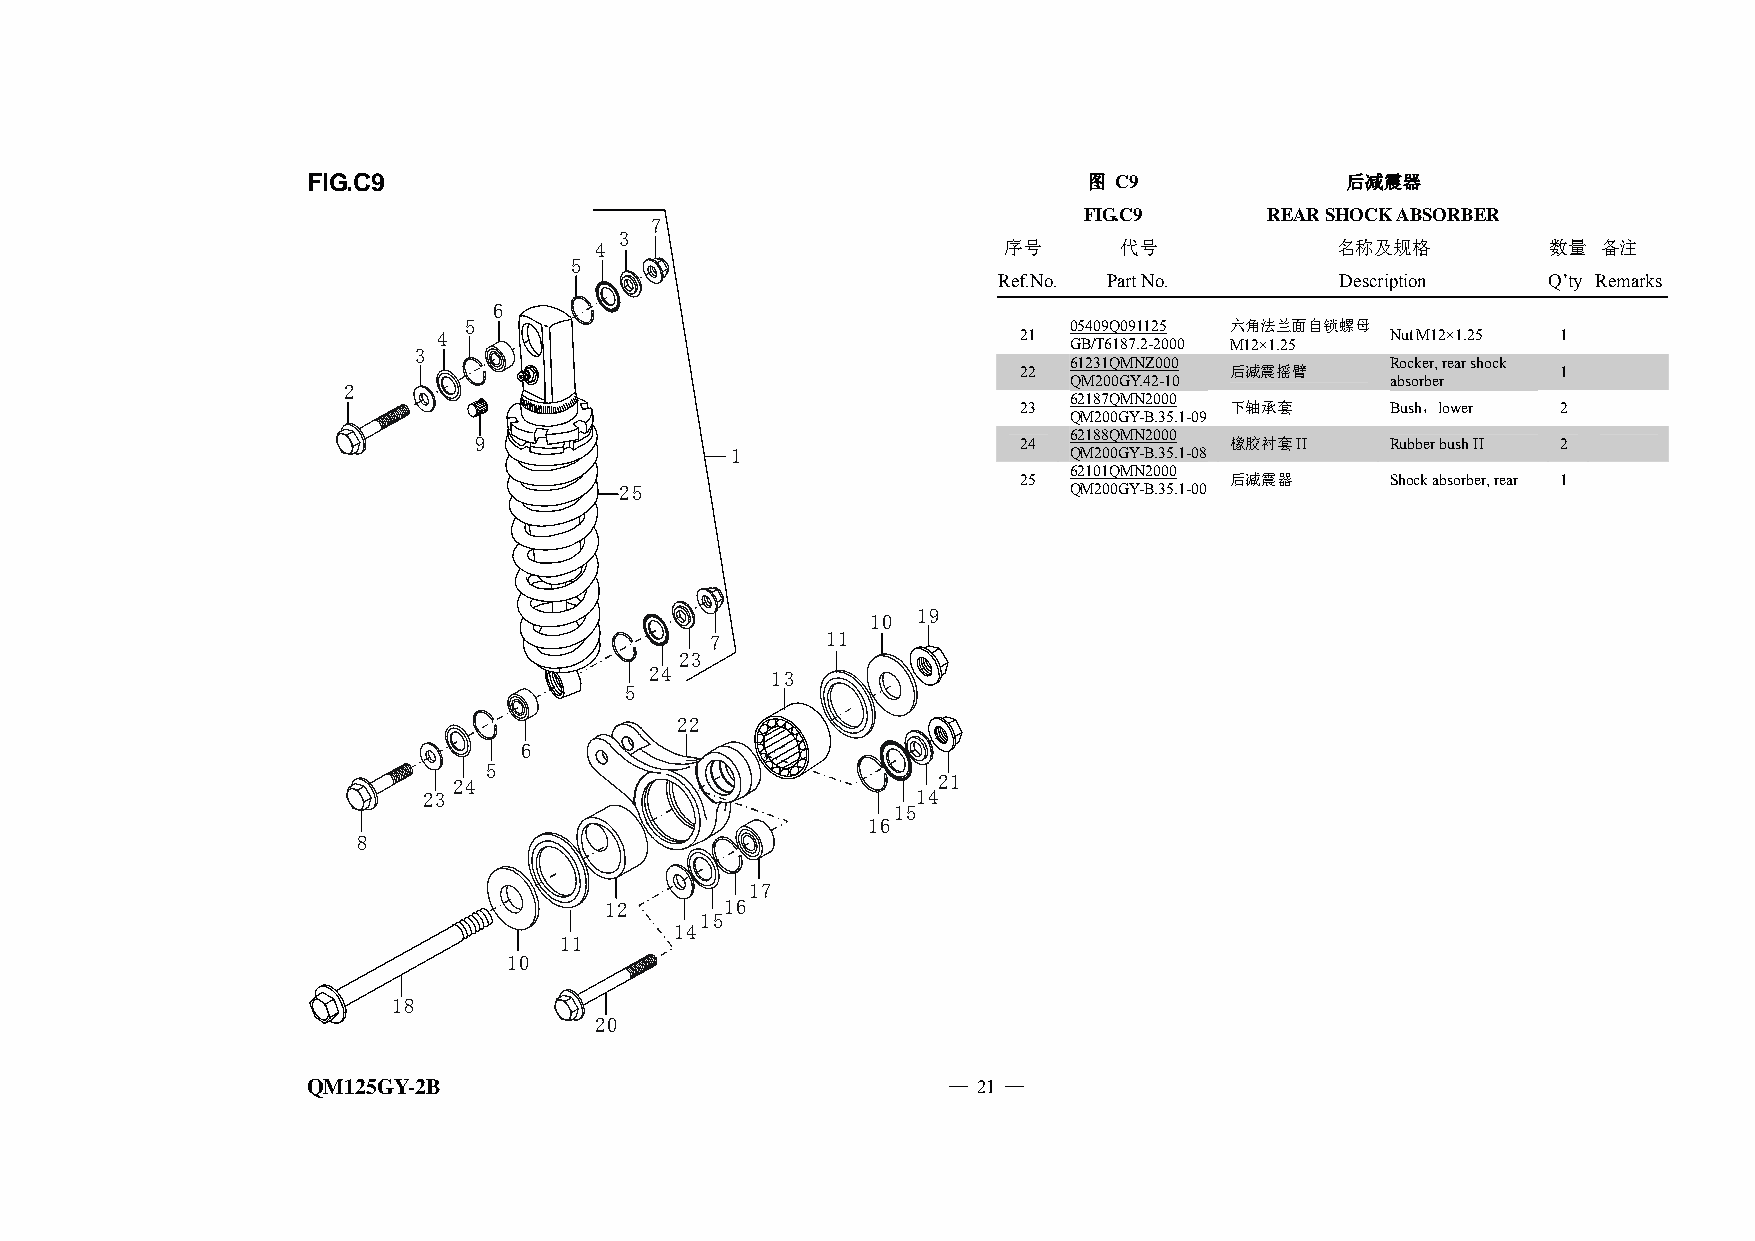
FIG.C9                                              图 C9             后减震器
 FIG.C9      REAR SHOCK ABSORBER
 7
 3
 4                          序号      代号            名称及规格          数量 备注
 5
 Ref.No. Part No.       Description   Q’ty Remarks
 6
 5                                       05409Q091125 六角法兰面自锁螺母
 4                                     21                       Nut M12×1.25 1
 GB/T6187.2-2000 M12×1.25
 3
 61231QMNZ000         Rocker, rear shock
 22            后减震摇臂                 1
 QM200GY.42-10        absorber
 2
 62187QMN2000
 23            下轴承套       Bush，lower 2
 QM200GY-B.35.1-09
 9                                   24  62188QMN2000 橡胶衬套II  Rubber bush II 2
 1                      QM200GY-B.35.1-08
 62101QMN2000
 25            后减震器       Shock absorber, rear 1
 25                            QM200GY-B.35.1-00
 10 19
 7       11
 23
 24      13
 5
 22
 6
 5
 24                              21
 23                               14
 15
 16
 8
 17
 12      16
 15
 11
 14
 10
 18
 20
 QM125GY-2B                                 — 21 —